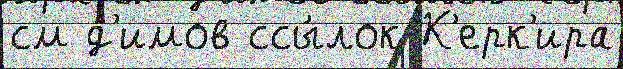
см д'имов ссы́лок К'ерк'ира